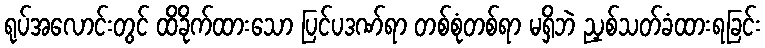
ရုပ်အလောင်းတွင် ထိခိုက်ထားသော ပြင်ပဒဏ်ရာ တစ်စုံတစ်ရာ မရှိဘဲ ညှစ်သတ်ခံထားရခြင်း